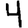
Digit: 4